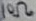
Text: 10Ω